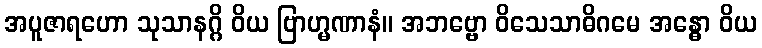
အပူဇာရဟော သုသာနဂ္ဂိ ဝိယ ဗြာဟ္မဏာနံ။ အဘဗ္ဗော ဝိသေသာဓိဂမေ အန္ဓော ဝိယ